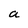
Character: a